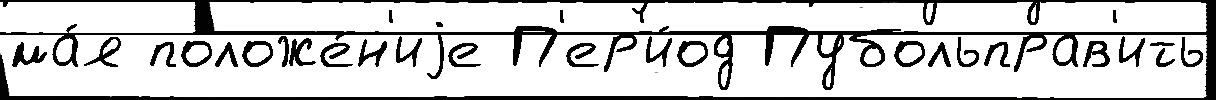
ма́я положе́н'иjе П'ер'и́од Пубольправ'ить